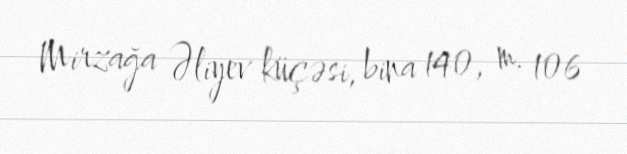
Mirzağa Əliyev küçəsi, bina 140, m. 106